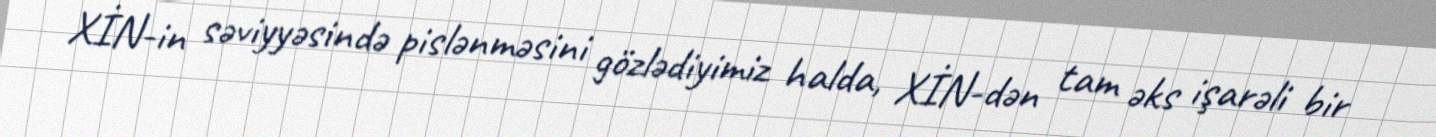
XİN-in səviyyəsində pislənməsini gözlədiyimiz halda, XİN-dən tam əks işarəli bir